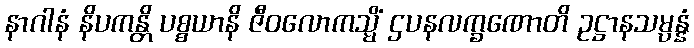
နာဂါနံ နိပကန္တိ ပစ္စယာနိ ဇီဝလောကသ္မိံ ဌပနလက္ခဏောတိ ဥဋ္ဌာနသမ္ပန္နံ